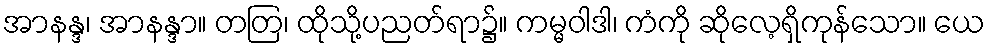
အာနန္ဒ၊ အာနန္ဒာ။ တတြ၊ ထိုသို့ပညတ်ရာ၌။ ကမ္မဝါဒါ၊ ကံကို ဆိုလေ့ရှိကုန်သော။ ယေ